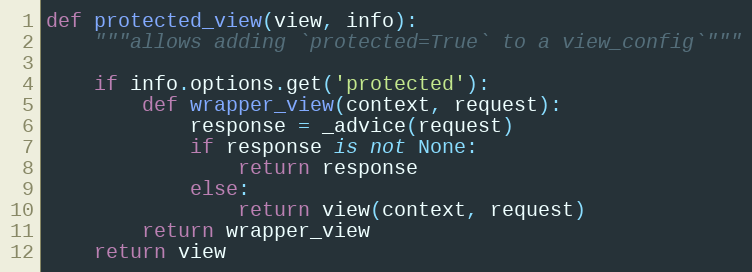
Language: Python
def protected_view(view, info):
    """allows adding `protected=True` to a view_config`"""

    if info.options.get('protected'):
        def wrapper_view(context, request):
            response = _advice(request)
            if response is not None:
                return response
            else:
                return view(context, request)
        return wrapper_view
    return view